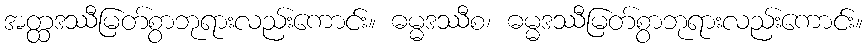
အတ္ထဒဿီမြတ်စွာဘုရားလည်းကောင်း။ ဓမ္မဒဿီစ၊ ဓမ္မဒဿီမြတ်စွာဘုရားလည်းကောင်း။